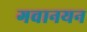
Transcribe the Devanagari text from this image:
गवानयन